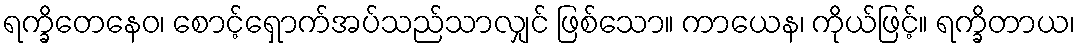
ရက္ခိတေနေဝ၊ စောင့်ရှောက်အပ်သည်သာလျှင် ဖြစ်သော။ ကာယေန၊ ကိုယ်ဖြင့်။ ရက္ခိတာယ၊